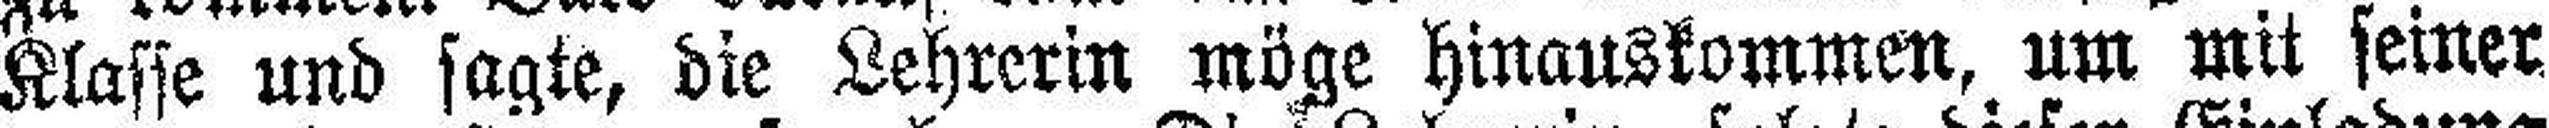
Klasse und sagte, die Lehrerin möge hinauskommen, um mit seiner